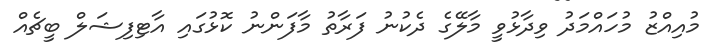
މުއިއްޒު މުހައްމަދު ވިދާޅުވީ މާލޭގެ ދެކުނު ފަރާތު މާފަންނު ކޮޅުގައި އާޓިފިޝަލް ބީޗެއް